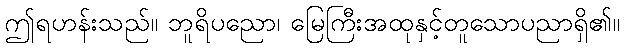
ဤရဟန်းသည်။ ဘူရိပညော၊ မြေကြီးအထုနှင့်တူသောပညာရှိ၏။